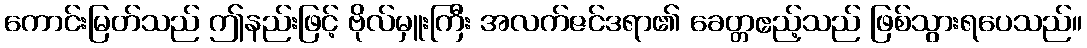
ကောင်းမြတ်သည် ဤနည်းဖြင့် ဗိုလ်မှူးကြီး အလက်ဇင်ဒရာ၏ ခေတ္တဧည့်သည် ဖြစ်သွားရပေသည်။